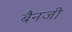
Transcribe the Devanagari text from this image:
बैनजी